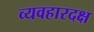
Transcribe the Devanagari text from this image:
व्यवहारदक्ष